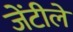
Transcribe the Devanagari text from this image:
जेंटीले